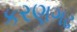
કરણગઢ